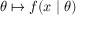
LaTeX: \theta \mapsto f ( x \mid \theta )